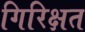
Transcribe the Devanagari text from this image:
गिरिक्षत